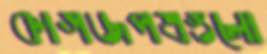
কাগজপত্রগুলো